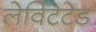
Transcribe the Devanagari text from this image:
लेविटेटेड